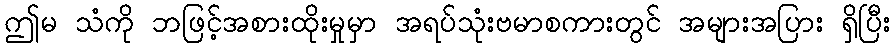
ဤမ သံကို ဘဖြင့်အစားထိုးမှုမှာ အရပ်သုံးဗမာစကားတွင် အများအပြား ရှိပြီး